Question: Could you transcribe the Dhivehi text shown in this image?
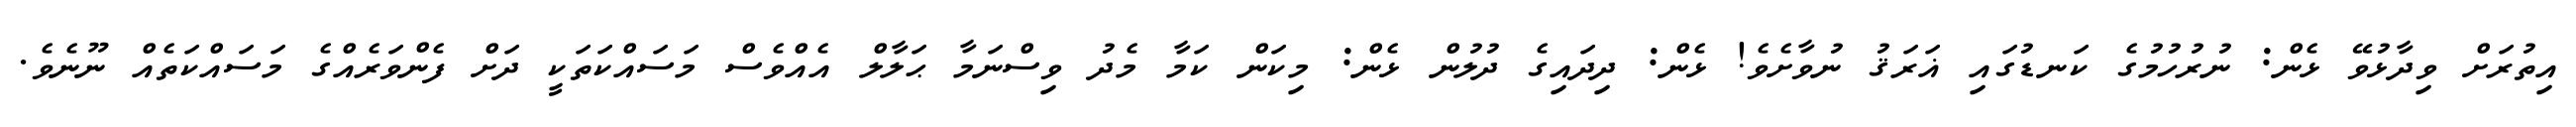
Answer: އިތުރަށް ވިދާޅުވޭ ޅެން: ނުރުހުމުގެ ކަނޑުގައި ޣަރަޤު ނުވާށެވެ! ޅެން: ދިދައިގެ ދުލުން ޅެން: މިކަން ކަމާ މެދު ވިސްނަމާ ޙަލާލް އެއްވެސް މަސައްކަތަކީ ދަށް ފެންވަރެއްގެ މަސައްކަތެއް ނޫނެވެ.